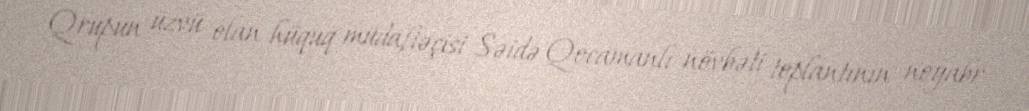
Qrupun üzvü olan hüquq müdafiəçisi Səidə Qocamanlı növbəti toplantının noyabr